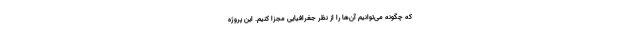
که چگونه می‌توانیم آ‌ن‌ها را از نظر جغرافیایی مجزا کنیم. این پروژه